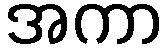
အကာ